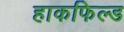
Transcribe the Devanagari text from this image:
हाकफिल्ड